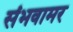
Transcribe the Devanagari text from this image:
संभवामर